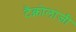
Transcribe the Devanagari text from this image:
टैक्नोलाजी